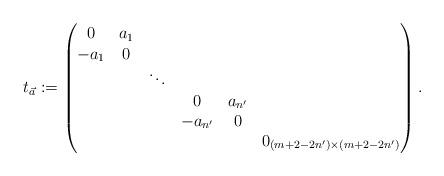
LaTeX: \begin{align*}t_{\vec{a}}:=\begin{pmatrix}0&a_1&& &&\\-a_{1}&0&&&&\\&&\ddots&&&\\&&&0&a_{n'}&\\&&&-a_{n'}&0&\\&&&&&0_{(m+2-2n')\times (m+2-2n')}\\\end{pmatrix}.\end{align*}